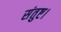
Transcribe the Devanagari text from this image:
संतुष्ट।